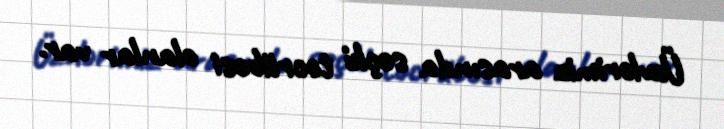
Üzvlərimiz arasında seçki təcrübəsi olanlar var.